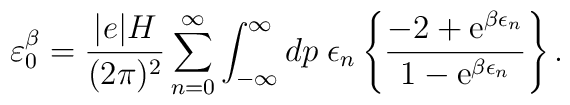
\varepsilon _{0}^{\beta }=\frac{|e|H}{(2\pi )^{2}} \sum_{n=0}^{\infty} \int_{-\infty }^{\infty} dp \;\epsilon _{n} \left\{ \frac{-2+{\rm e}^{\beta \epsilon _{n}}}{1-{\rm e}^{\beta \epsilon _{n}}}\right\} .